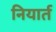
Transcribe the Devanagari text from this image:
नियार्त